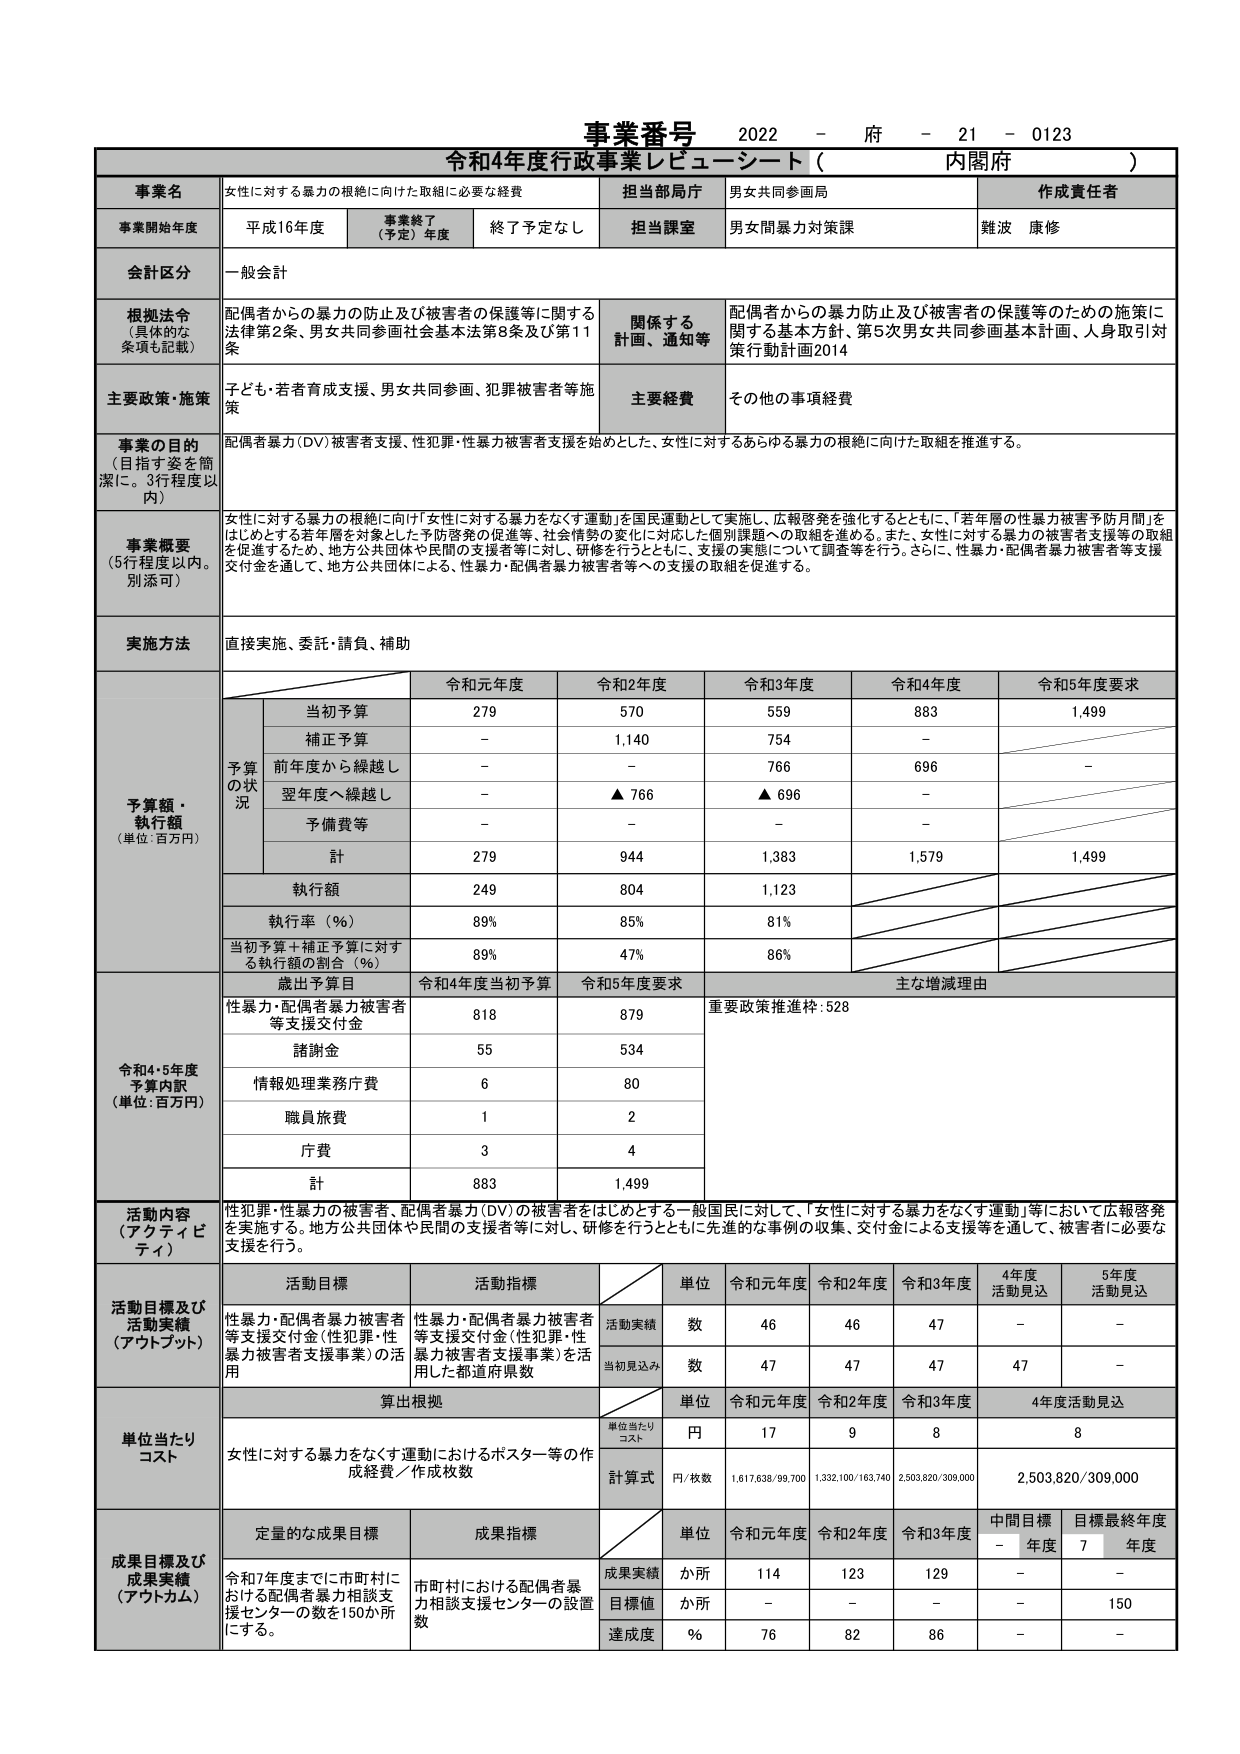
事業番号 2022 - 府 - 21 - 0123
令和4年度行政事業レビュー・シート（ 内閣府 ）

事業名 女性に対する暴力の根絶に向けた取組に必要な経費
担当部局庁 男女共同参画局
作成責任者 難波 康修

事業開始年度 平成16年度 事業終了（予定）年度 終了予定なし 担当課室 男女間暴力対策課

会計区分 一般会計

根拠法令（具体的な条項も記載） 配偶者からの暴力の防止及び被害者の保護等に関する法律第2条、男女共同参画社会基本法第8条及び第11条
関係する計画、通知等 配偶者からの暴力防止及び被害者の保護等のための施策に関する基本方針、第5次男女共同参画基本計画、人身取引対策行動計画2014

主要政策・施策 子ども・若者育成支援、男女共同参画、犯罪被害者等施策
主要経費 その他の事項経費

事業の目的（目指す姿を簡潔に。3行程度以内） 配偶者暴力（DV）被害者支援、性犯罪・性暴力被害者支援を始めとした、女性に対するあらゆる暴力の根絶に向けた取組を推進する。

事業概要（5行程度以内。別添可） 女性に対する暴力の根絶に向け「女性に対する暴力をなくす運動」を国民運動として実施し、広報啓発を強化するとともに、「若年層の性暴力被害予防月間」をはじめとする若年層を対象とした予防啓発の促進等、社会情勢の変化に対応した個別課題への取組を進める。また、女性に対する暴力の被害者支援等の取組を促進するため、地方公共団体や民間の支援者等に対し、研修を行うとともに、支援の実態について調査等を行う。さらに、性暴力・配偶者暴力被害者等支援交付金を通じて、地方公共団体による、性暴力・配偶者暴力被害者等への支援の取組を促進する。

実施方法 直接実施、委託・請負、補助

予算額・執行額（単位：百万円）
予算の状況
当初予算 279 570 559 883 1,499
補正予算 - 1,140 754 - -
前年度から繰越し - - 766 696 -
翌年度へ繰越し - ▲766 ▲696 -
予備費等 - - - -
計 279 944 1,383 1,579 1,499
執行額 249 804 1,123
執行率（％） 89% 85% 81%
当初予算＋補正予算に対する執行額の割合（％） 89% 47% 86%

歳出予算目 令和4年度当初予算 令和5年度要求 主な増減理由
性暴力・配偶者暴力被害者等支援交付金 818 879 重要政策推進枠：528
諸謝金 55 534
情報処理業務庁費 6 80
職員旅費 1 2
庁費 3 4
計 883 1,499

活動内容（アクティビティ） 性犯罪・性暴力の被害者、配偶者暴力（DV）の被害者をはじめとする一般国民に対して、「女性に対する暴力をなくす運動」等において広報啓発を実施する。地方公共団体や民間の支援者等に対し、研修を行うとともに先進的な事例の収集、交付金による支援等を通じて、被害者に必要な支援を行う。

活動目標及び活動実績（アウトプット）
活動目標 性暴力・配偶者暴力被害者等支援交付金（性犯罪・性暴力被害者支援事業）の活用
活動指標 性暴力・配偶者暴力被害者等支援交付金（性犯罪・性暴力被害者支援事業）を活用した都道府県数
単位 令和元年度 令和2年度 令和3年度 4年度活動見込 5年度活動見込
活動実績 数 46 46 47 - -
当初見込み 数 47 47 47 47 -

単位当たりコスト
算出根拠
単位当たりコスト
単位 令和元年度 令和2年度 令和3年度 4年度活動見込
女性に対する暴力をなくす運動におけるポスター等の作成経費／作成枚数
単位当たりコスト 円 17 9 8 8
計算式 円/枚数 1,617,638/99,700 1,332,100/163,740 2,503,820/309,000 2,503,820/309,000

成果目標及び成果実績（アウトカム）
定量的な成果目標 令和7年度までに市町村における配偶者暴力相談支援センターの数を150か所にする。
成果指標 市町村における配偶者暴力相談支援センターの設置数
単位 令和元年度 令和2年度 令和3年度 中間目標年度 目標最終年度
成果実績 か所 114 123 129 - -
目標値 か所 - - - - 150
達成度 ％ 76 82 86 - -